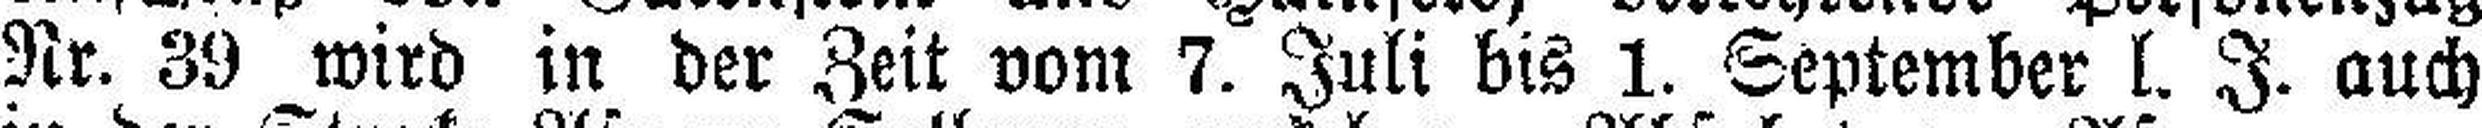
Nr. 39 wird in der Zeit vom 7. Juli bis 1. September l. J. auch